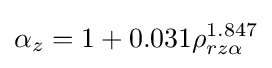
\alpha _{z}=1+0.031\rho _{rz\alpha }^{1.847}